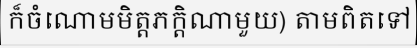
ក៏ចំណោមមិត្តភក្តិណាមួយ) តាមពិតទៅ